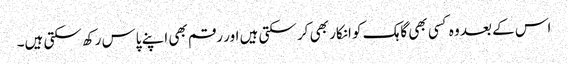
اس کے بعد وہ کسی بھی گاہک کو انکار بھی کر سکتی ہیں اور رقم بھی اپنے پاس رکھ سکتی ہیں۔